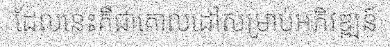
ដែលនេះគឺជាគោលដៅសម្រាប់អភិវឌ្ឍន៍